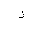
Letter: _zay